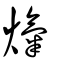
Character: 熂